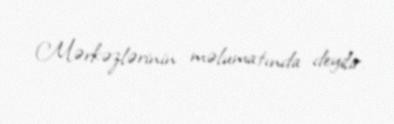
Mərkəzlərinin məlumatında deyilir.